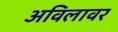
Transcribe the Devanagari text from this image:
अविलावर